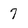
Character: 7